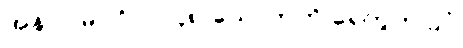
အနာဂါမ်ပုဂ္ဂိုလ် ၄၈-ယောက်ကို ရေတွက်ပြပုံ